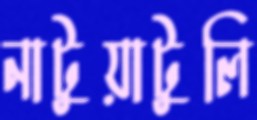
নাটুয়াটুলি